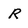
Character: R